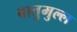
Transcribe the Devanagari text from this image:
वातुमुल्ल